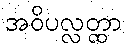
အဝိပလ္လတ္ထာ